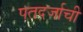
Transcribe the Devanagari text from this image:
पतदर्जाची